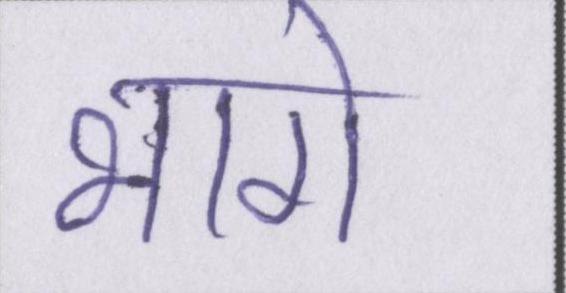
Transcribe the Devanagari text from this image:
भागे